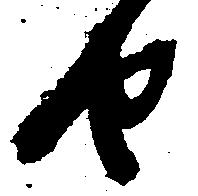
せ